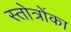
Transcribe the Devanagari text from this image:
स्तोत्रोंका